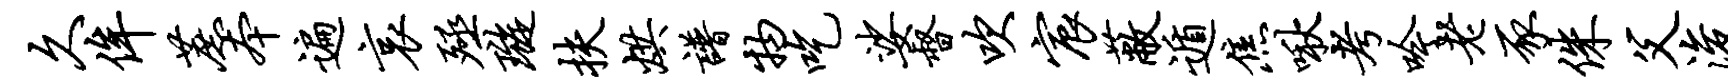
久侔蔗本遍哀殛璇扶烘谱物吃娑督吹宸蔽遁焦啾考吟老豕侏父浚